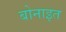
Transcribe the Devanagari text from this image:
बोनाइत